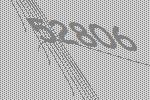
52806